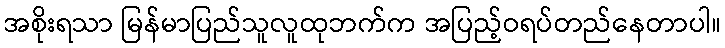
အစိုးရသာ မြန်မာပြည်သူလူထုဘက်က အပြည့်ဝရပ်တည်နေတာပါ။